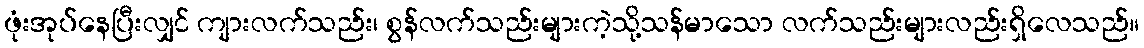
ဖုံးအုပ်နေပြီးလျှင် ကျားလက်သည်း၊ စွန်လက်သည်းများကဲ့သို့သန်မာသော လက်သည်းများလည်းရှိလေသည်။